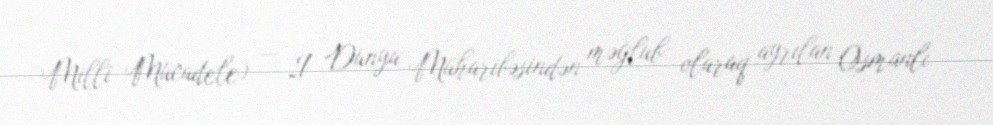
Millî Mücadele) — I Dünya Müharibəsindən məğlub olaraq ayrılan Osmanlı